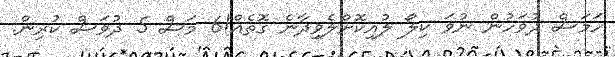
ހަމަސް ދުވަހުން ނުވަ ކިލޯ ލުއިކޮށްލެވިދާނެ ގޮތެއް!6 މަސް 5 ދުވަސް ކުރިން.